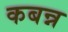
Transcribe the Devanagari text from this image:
कबन्न